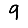
Digit: 9